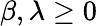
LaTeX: \beta,\lambda\geq 0